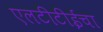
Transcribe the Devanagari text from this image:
एलटीटीईचा